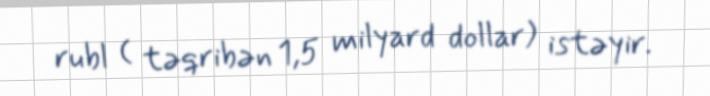
rubl ( təqribən 1,5 milyard dollar) istəyir.